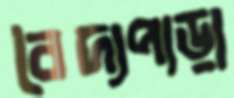
বৈদ্যপাড়া